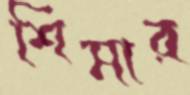
শিমার